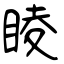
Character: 睖